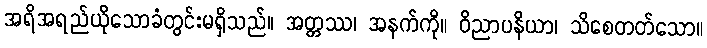
အရိအရည်ယိုသောခံတွင်းမရှိသည်။ အတ္တဿ၊ အနက်ကို။ ဝိညာပနိယာ၊ သိစေတတ်သော။